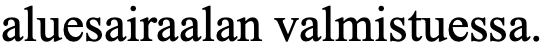
aluesairaalan valmistuessa.